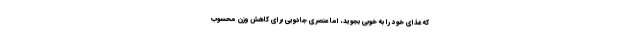
که غذای خود را به خوبی بجوید، اما عنصری جادویی برای کاهش وزن محسوب